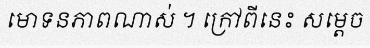
មោទនភាពណាស់ ។ ក្រៅពីនេះ សម្តេច